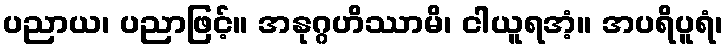
ပညာယ၊ ပညာဖြင့်။ အနုဂ္ဂဟိဿာမိ၊ ငါယူရအံ့။ အပရိပူရံ၊